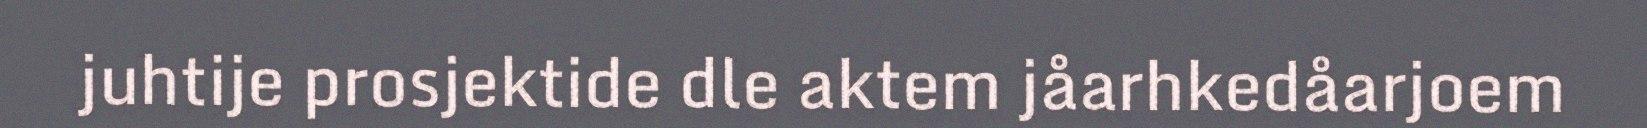
juhtije prosjektide dle aktem jåarhkedåarjoem